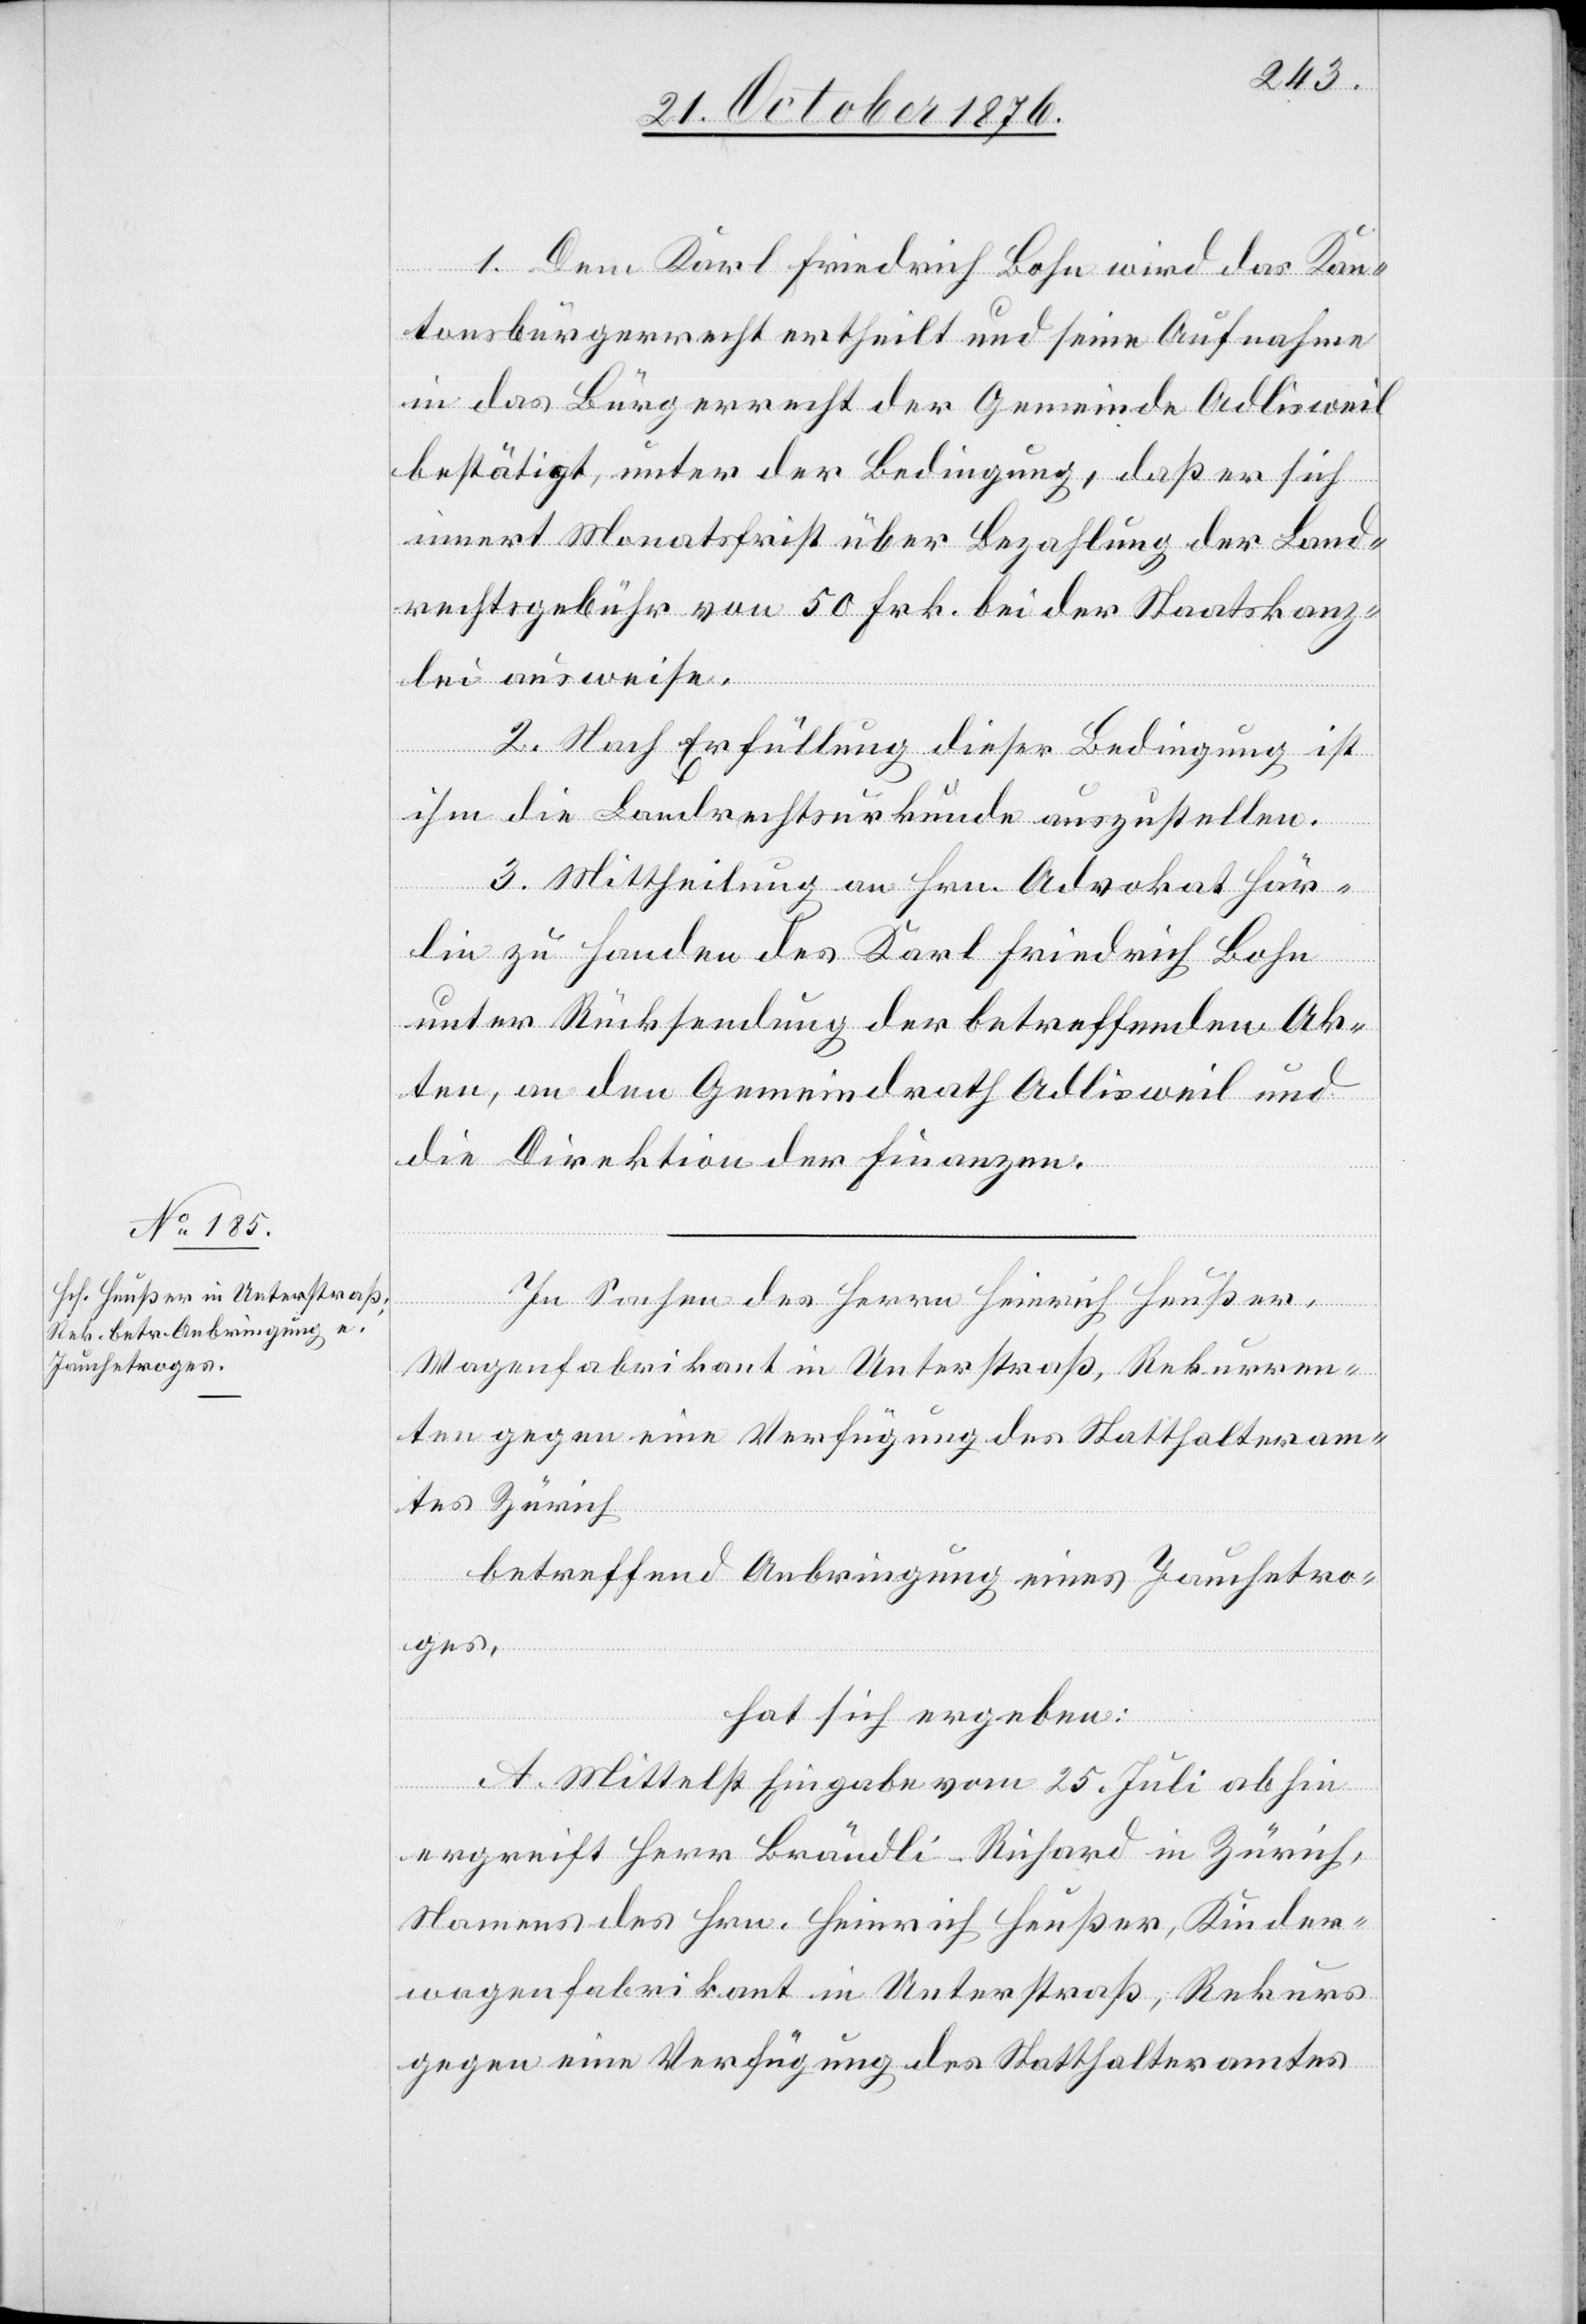
1. Dem Karl Friedrich Bohn wird das Kan¬
tonsbürgerrecht der Gemeinde Adlisweil bestätigt,
innert Monatsfrist über Bezahlung der Land¬
rechtsgebühr von 50 Frk. bei der Staatskanz¬
lei ausweise.
2. Nach Erfüllung dieser Bedingung ist
ihm die Landrechtsurkunde auszustellen.
3. Mittheilung an Hrn. Advokat Här¬
lin zu Handen des Karl Friedrich Bohn
unter Rücksendung der betreffenden Ak¬
ten, an den Gemeindrath Adlisweil und
die Direktion der Finanzen.
In Sachen des Herrn Heinrich Heußer,
Wagenfabrikant in Unterstraß, Rekurren¬
ten gegen eine Verfügung des Statthalteram¬
tes Zürich
betreffend Anbringung eines Jauchetro¬
ges,
hat sich ergeben:
A. Mittelst Eingabe vom 25. Juli abhin
ergreift Herr Brändli-Richard in Zürich,
Namens des Hrn. Heinrich Heußer, Kinder¬
wagenfabrikant in Unterstraß, Rekurs
gegen eine Verfügung des Statthalteramtes